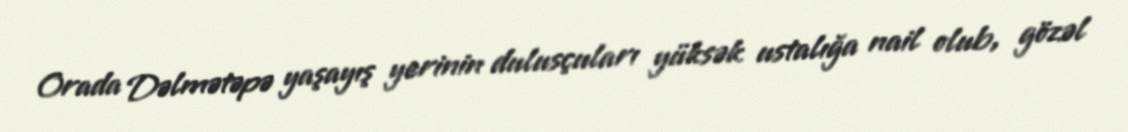
Orada Dəlmətəpə yaşayış yerinin dulusçuları yüksək ustalığa nail olub, gözəl